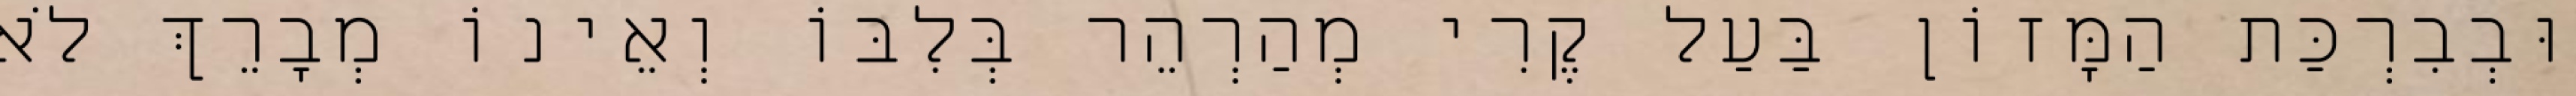
וּבְבִרְכַּת הַמָּזוֹן בַּעַל קֶרִי מְהַרְהֵר בְּלִבּוֹ וְאֵינוֹ מְבָרֵךְ לֹא